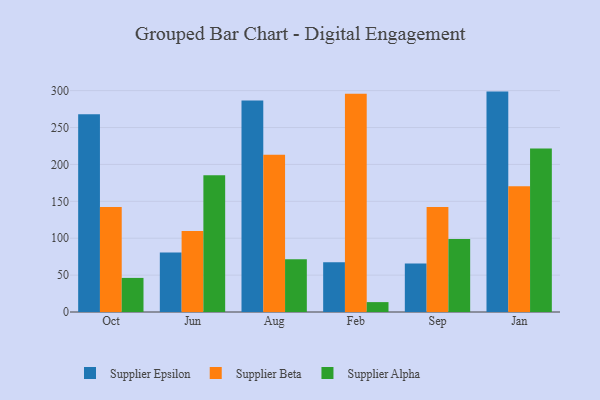
{"axis": {"x": "Month", "y": "Shipments"}, "legend": ["Supplier Alpha", "Supplier Beta", "Supplier Epsilon"], "data": [{"x": "Oct", "y": 268.0, "type": "Supplier Epsilon"}, {"x": "Oct", "y": 142.3, "type": "Supplier Beta"}, {"x": "Oct", "y": 46.2, "type": "Supplier Alpha"}, {"x": "Jun", "y": 80.8, "type": "Supplier Epsilon"}, {"x": "Jun", "y": 109.9, "type": "Supplier Beta"}, {"x": "Jun", "y": 185.2, "type": "Supplier Alpha"}, {"x": "Aug", "y": 286.6, "type": "Supplier Epsilon"}, {"x": "Aug", "y": 213.1, "type": "Supplier Beta"}, {"x": "Aug", "y": 71.4, "type": "Supplier Alpha"}, {"x": "Feb", "y": 67.4, "type": "Supplier Epsilon"}, {"x": "Feb", "y": 295.9, "type": "Supplier Beta"}, {"x": "Feb", "y": 13.4, "type": "Supplier Alpha"}, {"x": "Sep", "y": 65.8, "type": "Supplier Epsilon"}, {"x": "Sep", "y": 142.4, "type": "Supplier Beta"}, {"x": "Sep", "y": 99.0, "type": "Supplier Alpha"}, {"x": "Jan", "y": 298.7, "type": "Supplier Epsilon"}, {"x": "Jan", "y": 170.3, "type": "Supplier Beta"}, {"x": "Jan", "y": 221.5, "type": "Supplier Alpha"}]}